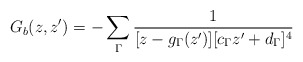
\begin{align*}G_b(z,z')=-\sum_\Gamma\frac{1}{[z-g_\Gamma(z')][c_\Gamma z'+d_\Gamma]^4}\end{align*}